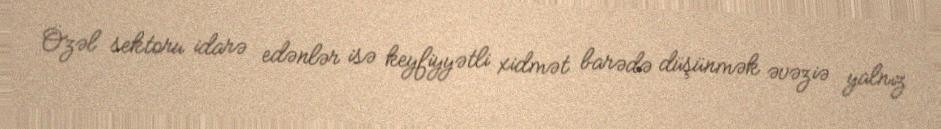
Özəl sektoru idarə edənlər isə keyfiyyətli xidmət barədə düşünmək əvəziə yalnız